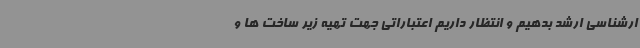
ارشناسی ارشد بدهیم و انتظار داریم اعتباراتی جهت تهیه زیر ساخت ها و